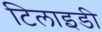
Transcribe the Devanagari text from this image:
टिलाइडी